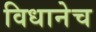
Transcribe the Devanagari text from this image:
विधानेच